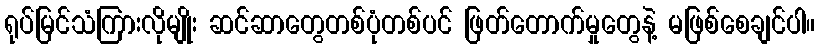
ရုပ်မြင်သံကြားလိုမျိုး ဆင်ဆာတွေတစ်ပုံတစ်ပင် ဖြတ်တောက်မှုတွေနဲ့ မဖြစ်စေချင်ပါ။